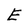
Character: E